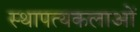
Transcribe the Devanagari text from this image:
स्थापत्यकलाओं